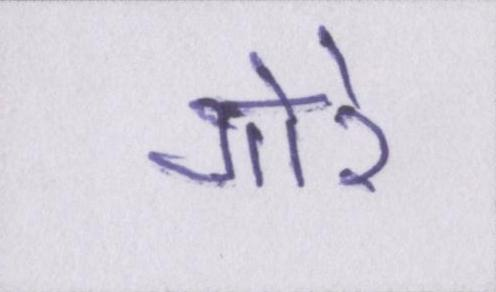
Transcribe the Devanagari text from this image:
गोरे